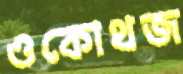
ওকোথজ